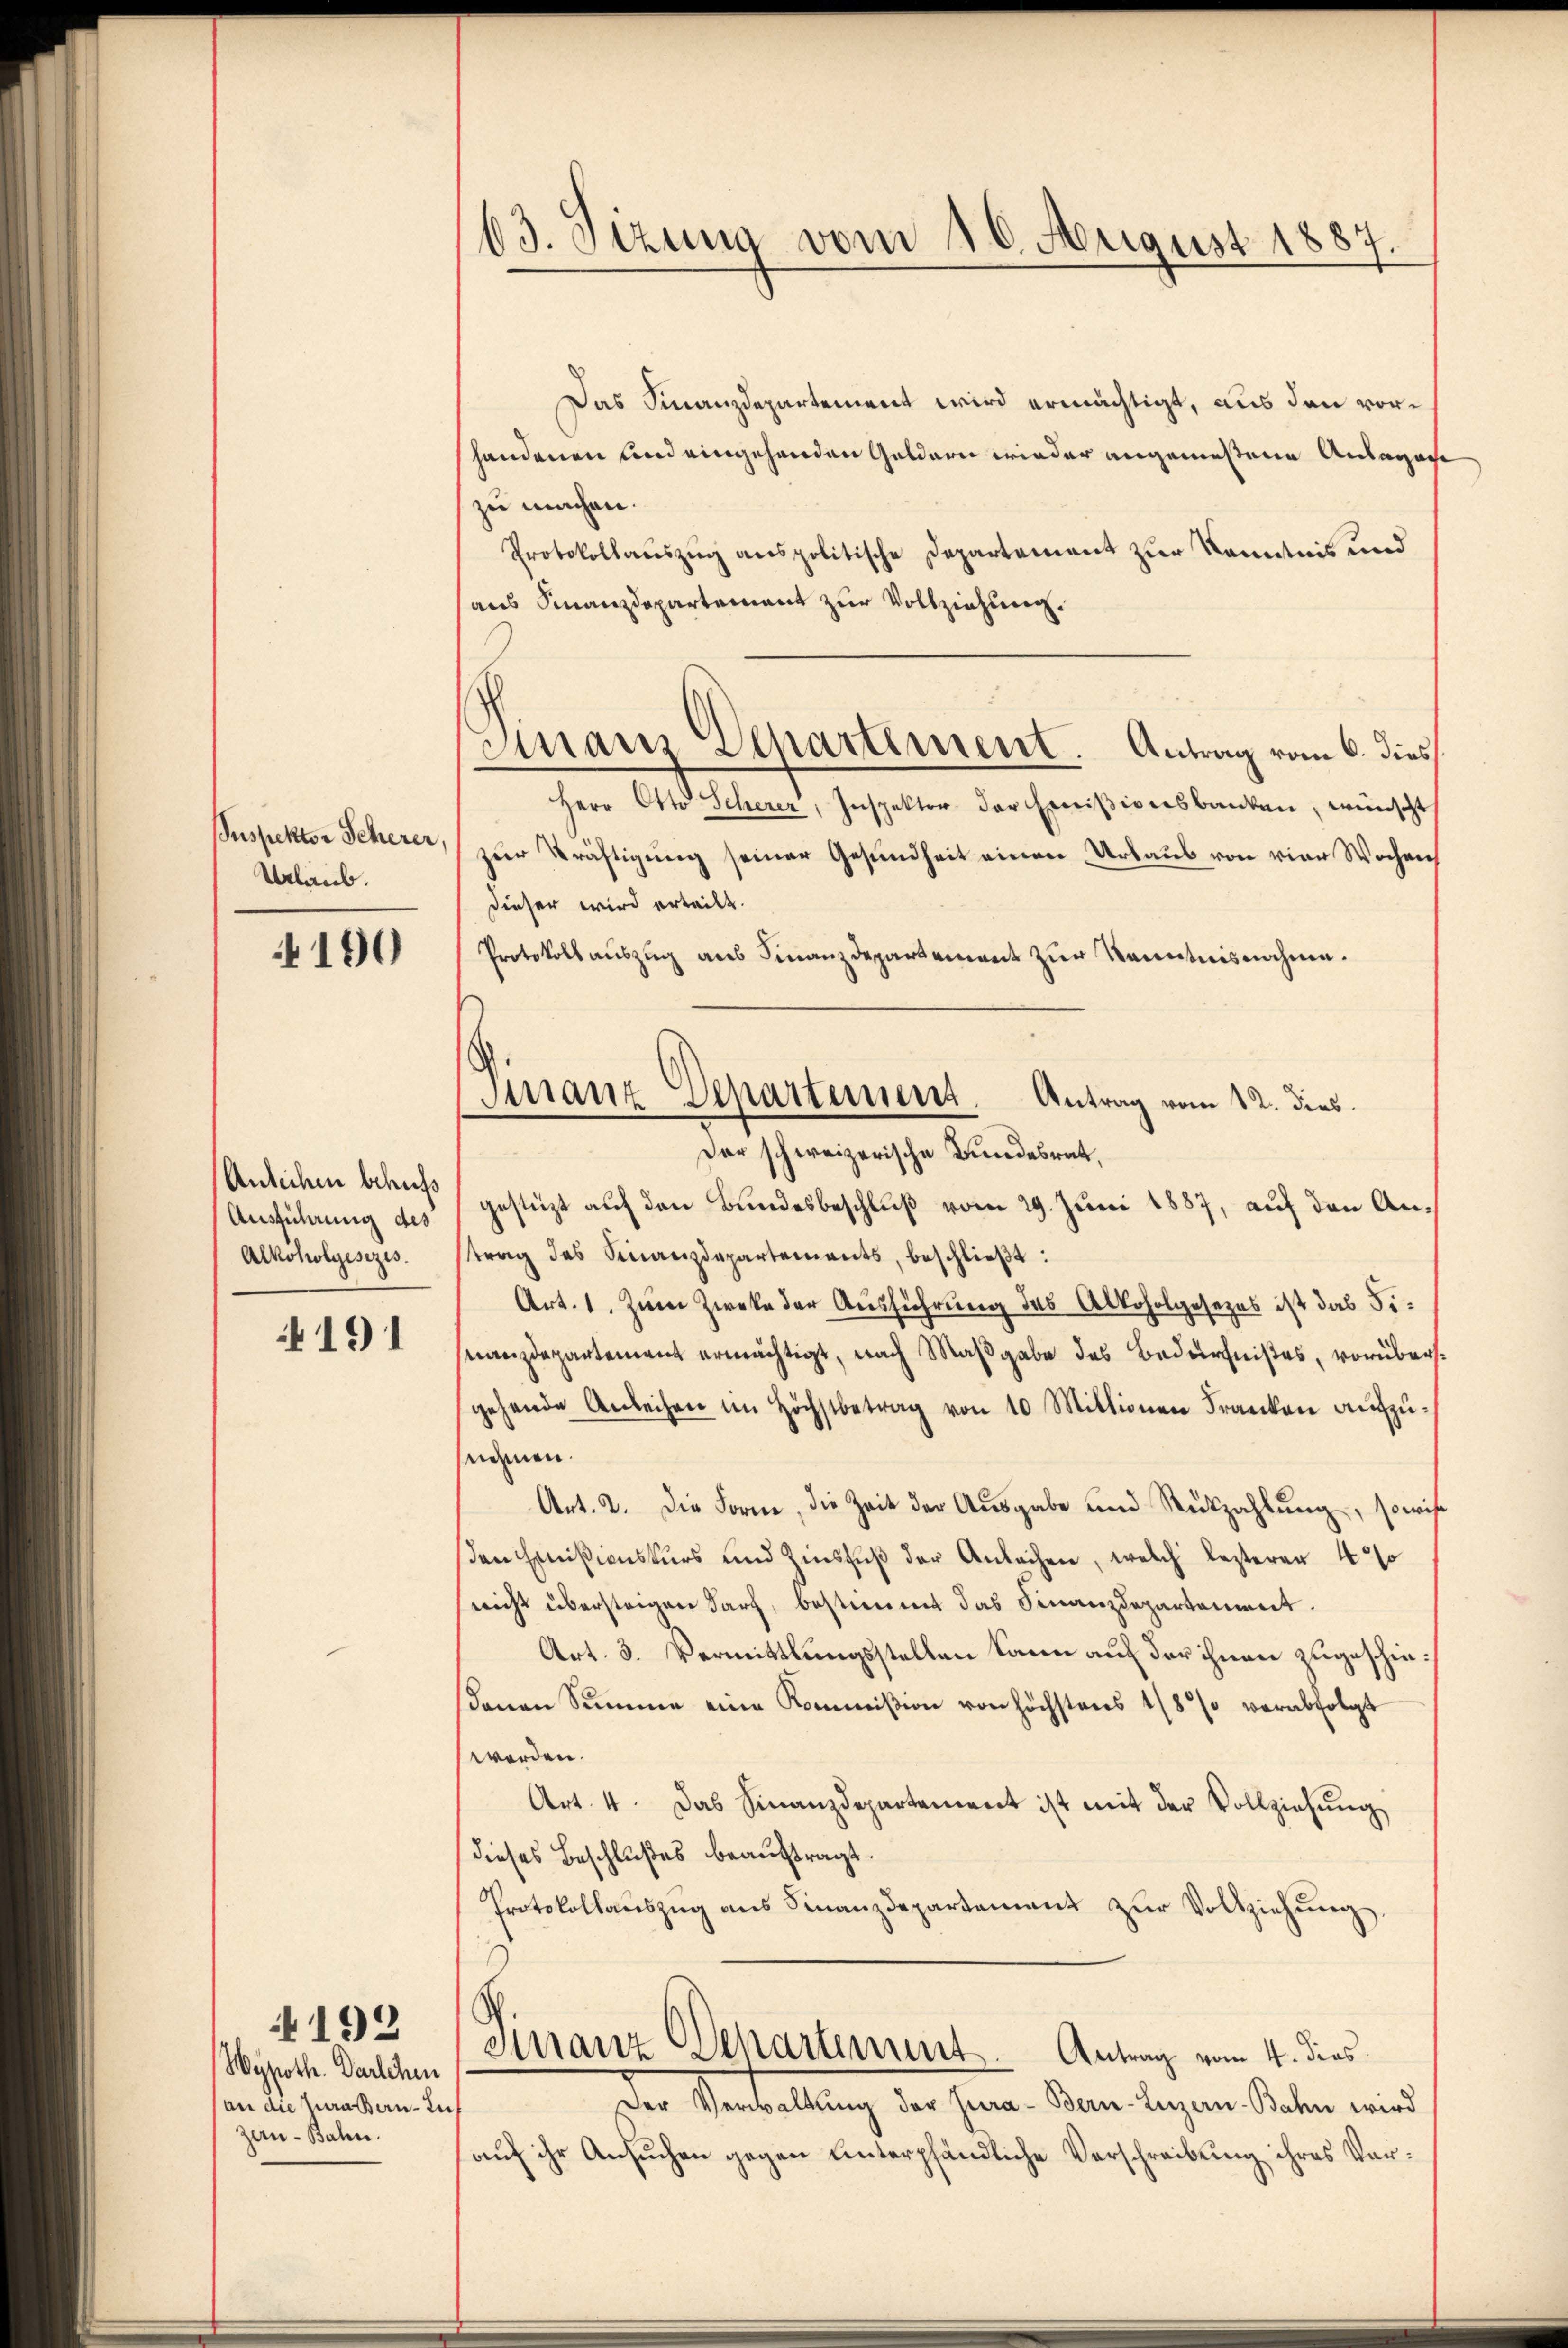
Suspektor Scherer,
Urlaub.

4190

Antechen behufs
Ausführung des
Alkoholgesezes.

191

192
Hypoth. Darlehen
(an die Zuraten-In
zern - Bahn.

63. Sizung vom 10. August 1887.

Finanz Departement. Antrag vom 6. dies

Das Finanzdepartement wird ermächtigt, aus den vorhandenen und eingehenden Geldern wieder angemeßene Ansagage
zu machen.
Protokollauszug anspolitische Departement zur Kenntnis und
aus Finanzdepartement zur Vollziehung.
Herr Otto Scherer, Inspektor der Emisionsbanken, wünscht
zur Kräftigung seiner Gesundheit einen Urlaub von vier Wochen
dieser wird erteilt.
Protokoll auszug aus Finanzdepartement zur Kenntnisnahme.
Der schweizerische Bundesrat,
gestüzt auf den Bundesbeschluß vom 29. Juni 1887, auf den Antrag des Finanzdepartements, beschlieβt:
Art. 1. Zum Zwecke der Ausführung des Alkoholgesezes ist das Finanzdepartement ermächtigt, nach Maßgabe des Bedürfnißes, vorübersgehende Anleihen im Höchstbetrag von 10 Mittionen Franken aufzunehmen.
Art. 2. Die Form, die Zeit der Ausgabe und Rützahlŭng, sowie
sen Emmißionskurs und Zinsfuß der Anlachen, welch lezterer 4 s
nicht übersteigen darf, bestimmt das Finanzdepartement.
Art. 3. Vermittlungsstellen kann auf der ihnen zugeschie
denen Summe eine Kommißion von höchstens 1/8 % verabfolgt
werden.
Art. 4. Das Finanzdepartement ist mit der Vollziehung
dieses Beschlußes beauftragt.
Protokollanszŭg ans Finanzdepartement zŭr Vollziehung,
Sirranz Departement. Antrag vom 4. dies
der Vertellung der Henne. Den Tagen Peten wird
auf ihr Ansuchen gegen unterpfändliche Verschreibung ihres Vor¬

Finanz-Departement. Antrag vom 12. dies